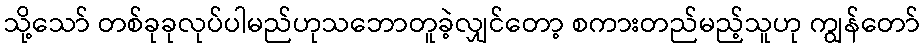
သို့သော် တစ်ခုခုလုပ်ပါမည်ဟုသဘောတူခဲ့လျှင်တော့ စကားတည်မည့်သူဟု ကျွန်တော်